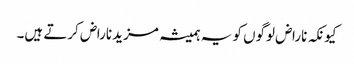
کیونکہ ناراض لوگوں کو یہ ہمیشہ مزید ناراض کرتے ہیں۔